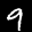
Label: 9